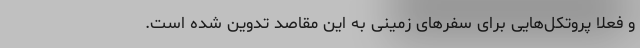
و فعلا پروتکل‌هایی برای سفر‌های زمینی به این مقاصد تدوین شده است.